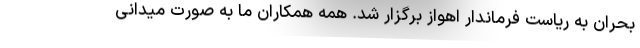
بحران به ریاست فرماندار اهواز برگزار شد. همه همکاران ما به صورت میدانی